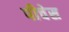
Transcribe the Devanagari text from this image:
पीचेस